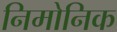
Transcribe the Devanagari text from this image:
निमोनिक